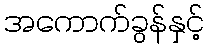
အကောက်ခွန်နှင့်